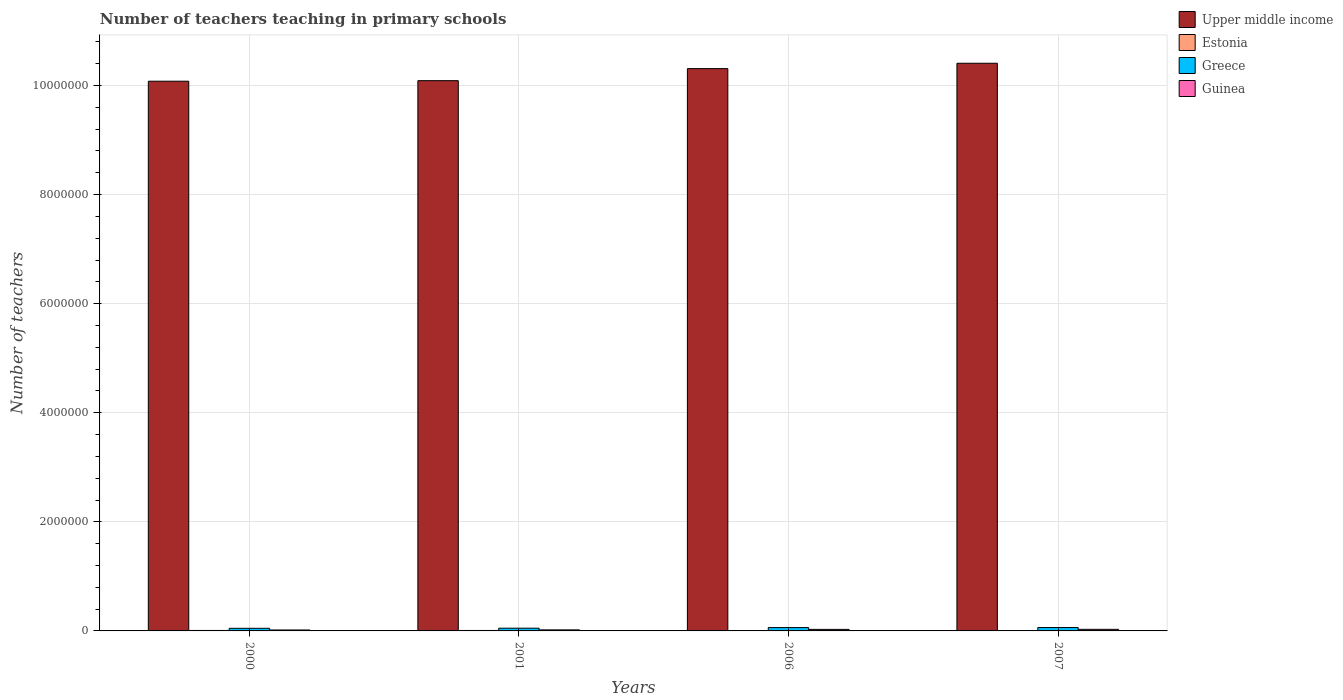
| Years | Upper middle income | Estonia | Greece | Guinea |
 | --- | --- | --- | --- | --- |
 | 2000 | 1.01e+07 | 8.62e+03 | 4.81e+04 | 1.73e+04 |
 | 2001 | 1.01e+07 | 8.32e+03 | 5e+04 | 1.92e+04 |
 | 2006 | 1.03e+07 | 7.52e+03 | 6.13e+04 | 2.83e+04 |
 | 2007 | 1.04e+07 | 5.93e+03 | 6.21e+04 | 2.9e+04 |